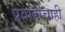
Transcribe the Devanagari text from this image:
प्रवाहांचाही